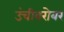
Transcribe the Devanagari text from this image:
उंचीबरोबर